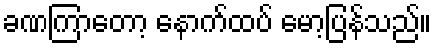
ခဏကြာတော့ နောက်ထပ် မော့ပြန်သည်။